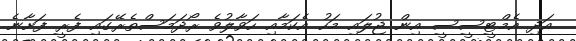
އަދި އެމްޓީސީސީ އިން ޖުލައި މަހު އެކަމާއި ހަވާލުވެ ރޯދަމަސްތެރޭގައި ފެރީ ފަށާނެ